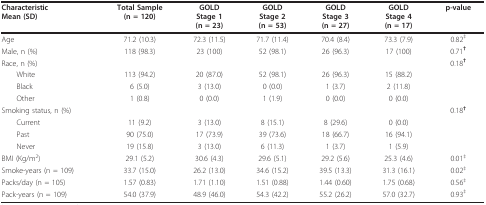
| CharacteristicMean (SD) | Total Sample(n = 120) | GOLDStage 1(n = 23) | GOLDStage 2(n = 53) | GOLDStage 3(n = 27) | GOLDStage 4(n = 17) | p-value |
 | --- | --- | --- | --- | --- | --- | --- |
 | Age | 71.2 (10.3) | 72.3 (11.5) | 71.7 (11.4) | 70.4 (8.4) | 73.3 (7.9) | 0.82‡ |
 | Male, n (%) | 118 (98.3) | 23 (100) | 52 (98.1) | 26 (96.3) | 17 (100) | 0.71† |
 | Race, n (%) |  |  |  |  |  | 0.18† |
 | White | 113 (94.2) | 20 (87.0) | 52 (98.1) | 26 (96.3) | 15 (88.2) |  |
 | Black | 6 (5.0) | 3 (13.0) | 0 (0.0) | 1 (3.7) | 2 (11.8) |  |
 | Other | 1 (0.8) | 0 (0.0) | 1 (1.9) | 0 (0.0) | 0 (0.0) |  |
 | Smoking status, n (%) |  |  |  |  |  | 0.18† |
 | Current | 11 (9.2) | 3 (13.0) | 8 (15.1) | 8 (29.6) | 0 (0.0) |  |
 | Past | 90 (75.0) | 17 (73.9) | 39 (73.6) | 18 (66.7) | 16 (94.1) |  |
 | Never | 19 (15.8) | 3 (13.0) | 6 (11.3) | 1 (3.7) | 1 (5.9) |  |
 | BMI (Kg/m2) | 29.1 (5.2) | 30.6 (4.3) | 29.6 (5.1) | 29.2 (5.6) | 25.3 (4.6) | 0.01‡ |
 | Smoke-years (n = 109) | 33.7 (15.0) | 26.2 (13.0) | 34.6 (15.2) | 39.5 (13.3) | 31.3 (16.1) | 0.02‡ |
 | Packs/day (n = 105) | 1.57 (0.83) | 1.71 (1.10) | 1.51 (0.88) | 1.44 (0.60) | 1.75 (0.68) | 0.56‡ |
 | Pack-years (n = 109) | 54.0 (37.9) | 48.9 (46.0) | 54.3 (42.2) | 55.2 (26.2) | 57.0 (32.7) | 0.93‡ |